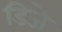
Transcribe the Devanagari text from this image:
डिजे